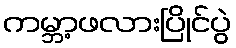
ကမ္ဘာ့ဖလားပြိုင်ပွဲ